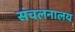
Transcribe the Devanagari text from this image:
संचलनालय